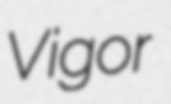
Vigor